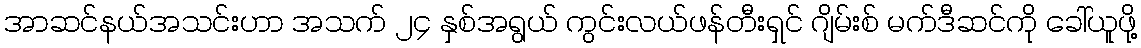
အာဆင်နယ်အသင်းဟာ အသက် ၂၄ နှစ်အရွယ် ကွင်းလယ်ဖန်တီးရှင် ဂျိမ်းစ် မက်ဒီဆင်ကို ခေါ်ယူဖို့